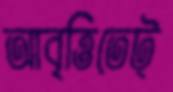
আবৃত্তিতেট্